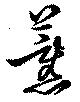
薫